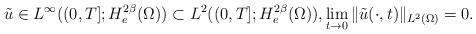
LaTeX: \begin{align*}\tilde{u} \in L^{\infty}((0,T];H_{e}^{2\beta}(\Omega)) \subset L^{2}((0,T];H_{e}^{2\beta}(\Omega)), \lim_{t\rightarrow 0}\|\tilde{u}(\cdot,t)\|_{L^{2}(\Omega)} = 0.\end{align*}